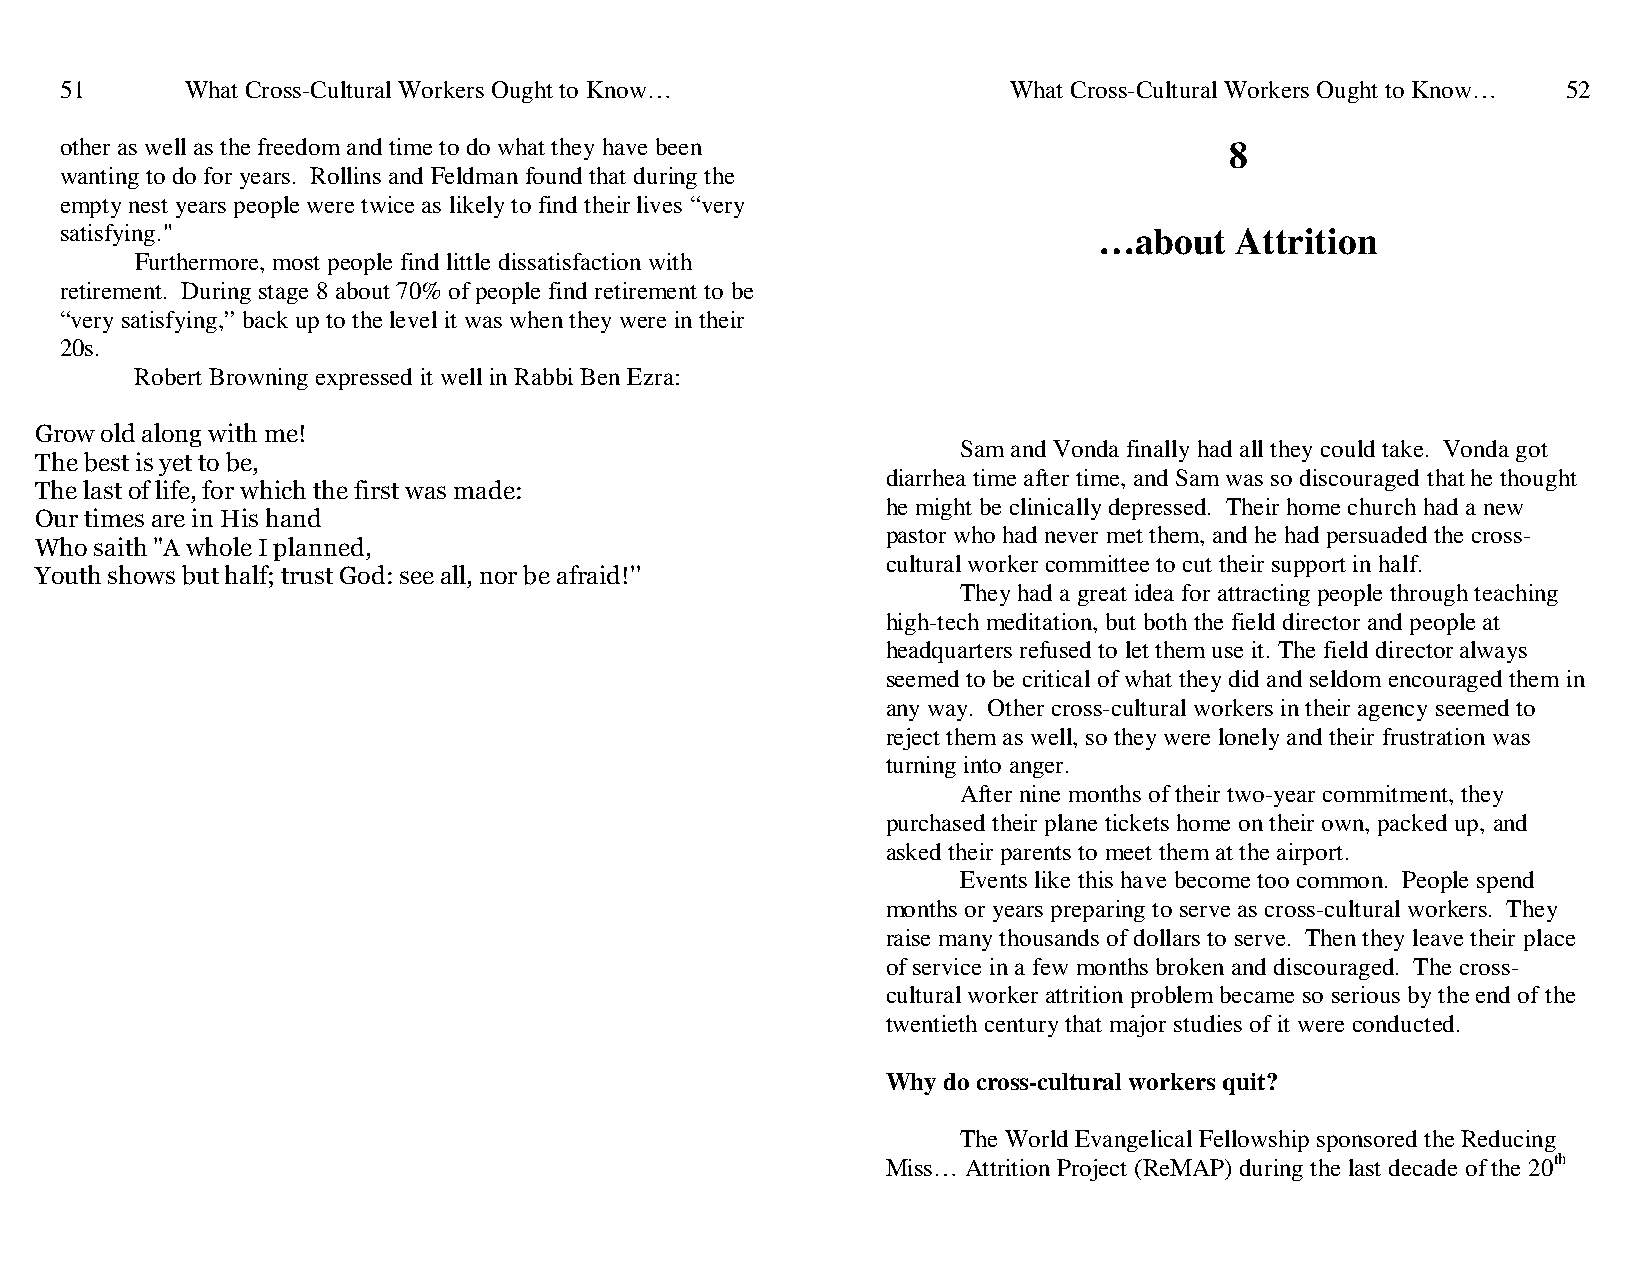
51      What Cross-Cultural Workers Ought to Know…             What Cross-Cultural Workers Ought to Know… 52
 other as well as the freedom and time to do what they have been              8
 wanting to do for years. Rollins and Feldman found that during the
 empty nest years people were twice as likely to find their lives “very
 satisfying."                                                         …about   Attrition
 Furthermore, most people find little dissatisfaction with
 retirement. During stage 8 about 70% of people find retirement to be
 “very satisfying,” back up to the level it was when they were in their
 20s.
 Robert Browning expressed it well in Rabbi Ben Ezra:
 Grow old along with me!
 Sam and Vonda finally had all they could take. Vonda got
 The best is yet to be,
 diarrhea time after time, and Sam was so discouraged that he thought
 The last of life, for which the first was made:
 he might be clinically depressed. Their home church had a new
 Our times are in His hand
 pastor who had never met them, and he had persuaded the cross-
 Who saith "A whole I planned,
 cultural worker committee to cut their support in half.
 Youth shows but half; trust God: see all, nor be afraid!''
 They had a great idea for attracting people through teaching
 high-tech meditation, but both the field director and people at
 headquarters refused to let them use it. The field director always
 seemed to be critical of what they did and seldom encouraged them in
 any way. Other cross-cultural workers in their agency seemed to
 reject them as well, so they were lonely and their frustration was
 turning into anger.
 After nine months of their two-year commitment, they
 purchased their plane tickets home on their own, packed up, and
 asked their parents to meet them at the airport.
 Events like this have become too common. People spend
 months or years preparing to serve as cross-cultural workers. They
 raise many thousands of dollars to serve. Then they leave their place
 of service in a few months broken and discouraged. The cross-
 cultural worker attrition problem became so serious by the end of the
 twentieth century that major studies of it were conducted.
 Why do cross-cultural workers quit?
 The World Evangelical Fellowship sponsored the Reducing
 Miss… Attrition Project (ReMAP) during the last decade of the 20th